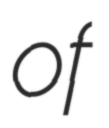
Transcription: of